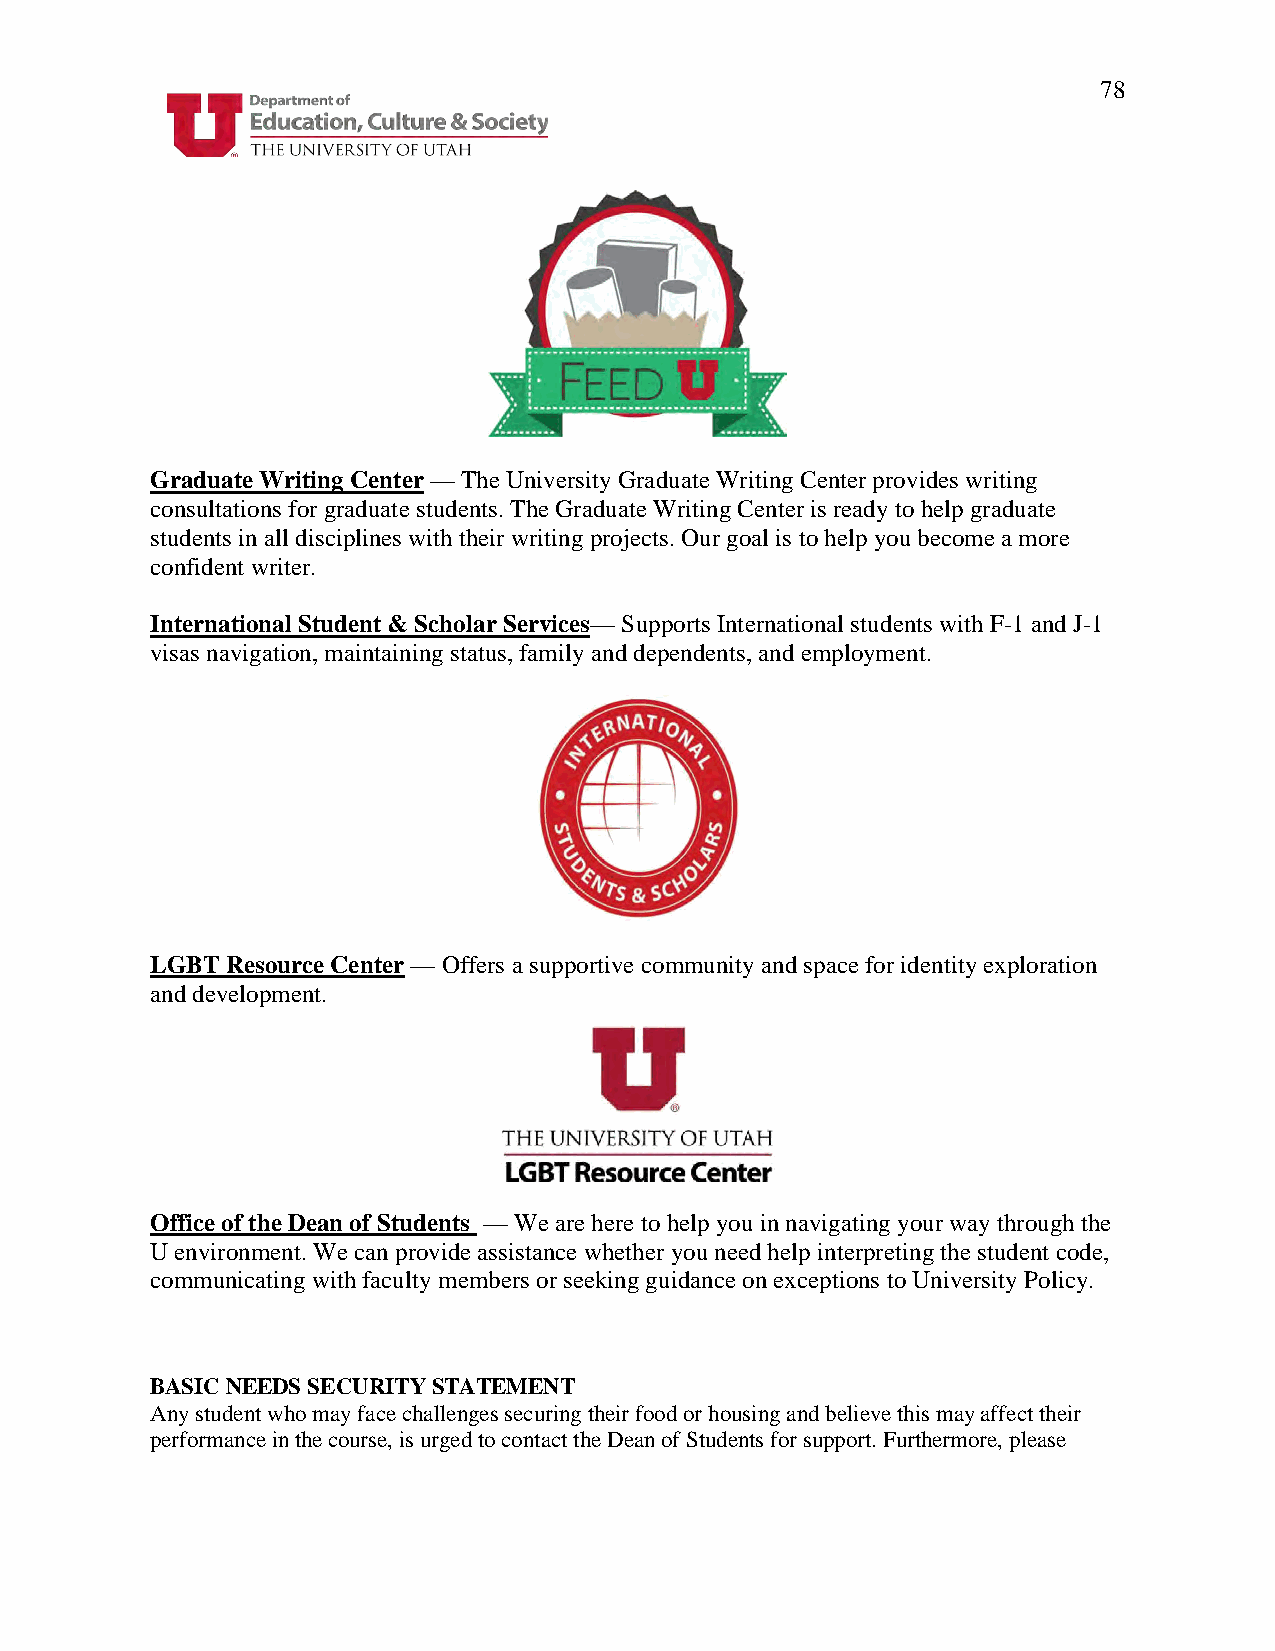
78
 Graduate Writing Center — The University Graduate Writing Center provides writing
 consultations for graduate students. The Graduate Writing Center is ready to help graduate
 students in all disciplines with their writing projects. Our goal is to help you become a more
 confident writer.
 International Student & Scholar Services— Supports International students with F-1 and J-1
 visas navigation, maintaining status, family and dependents, and employment.
 LGBT Resource Center — Offers a supportive community and space for identity exploration
 and development.
 Office of the Dean of Students — We are here to help you in navigating your way through the
 U environment. We can provide assistance whether you need help interpreting the student code,
 communicating with faculty members or seeking guidance on exceptions to University Policy.
 BASIC NEEDS SECURITY STATEMENT
 Any student who may face challenges securing their food or housing and believe this may affect their
 performance in the course, is urged to contact the Dean of Students for support. Furthermore, please